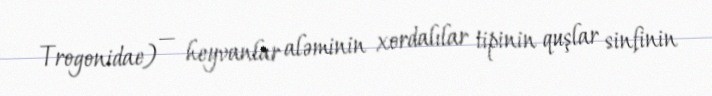
Trogonidae) — heyvanlar aləminin xordalılar tipinin quşlar sinfinin